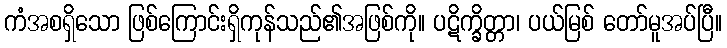
ကံအစရှိသော ဖြစ်ကြောင်းရှိကုန်သည်၏အဖြစ်ကို။ ပဋိက္ခိတ္တာ၊ ပယ်မြစ် တော်မူအပ်ပြီ။